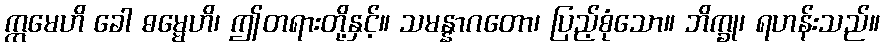
ဣမေဟိ ခေါ ဓမ္မေဟိ၊ ဤတရားတို့နှင့်။ သမန္နာဂတော၊ ပြည့်စုံသော။ ဘိက္ခု၊ ရဟန်းသည်။